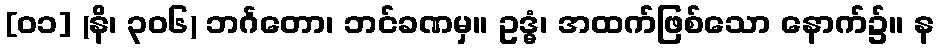
[၀၁] (နိ၊ ၃၀၆) ဘင်္ဂတော၊ ဘင်ခဏမှ။ ဥဒ္ဓံ၊ အထက်ဖြစ်သော နောက်၌။ န